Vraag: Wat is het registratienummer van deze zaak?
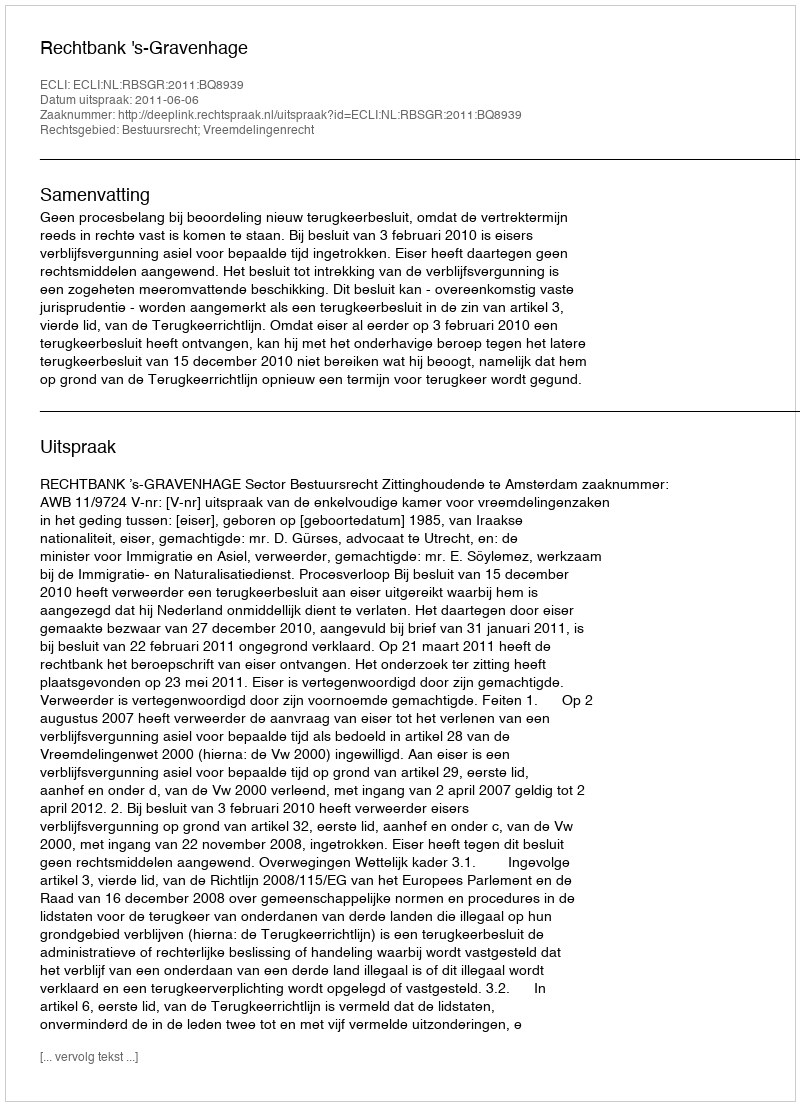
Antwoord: http://deeplink.rechtspraak.nl/uitspraak?id=ECLI:NL:RBSGR:2011:BQ8939